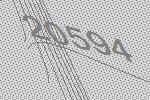
20594